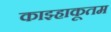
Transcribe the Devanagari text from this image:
काझ्हाकूतम